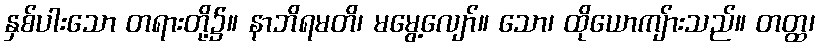
နှစ်ပါးသော တရားတို့၌။ နာဘိရမတိ၊ မမွေ့လျော်။ သော၊ ထိုယောကျ်ားသည်။ တတ္ထ၊